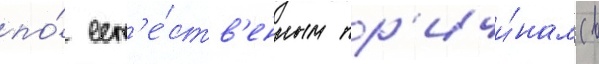
по́ ест'е́ств'енным пр'ичи́нам (в